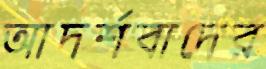
আদর্শবাদের